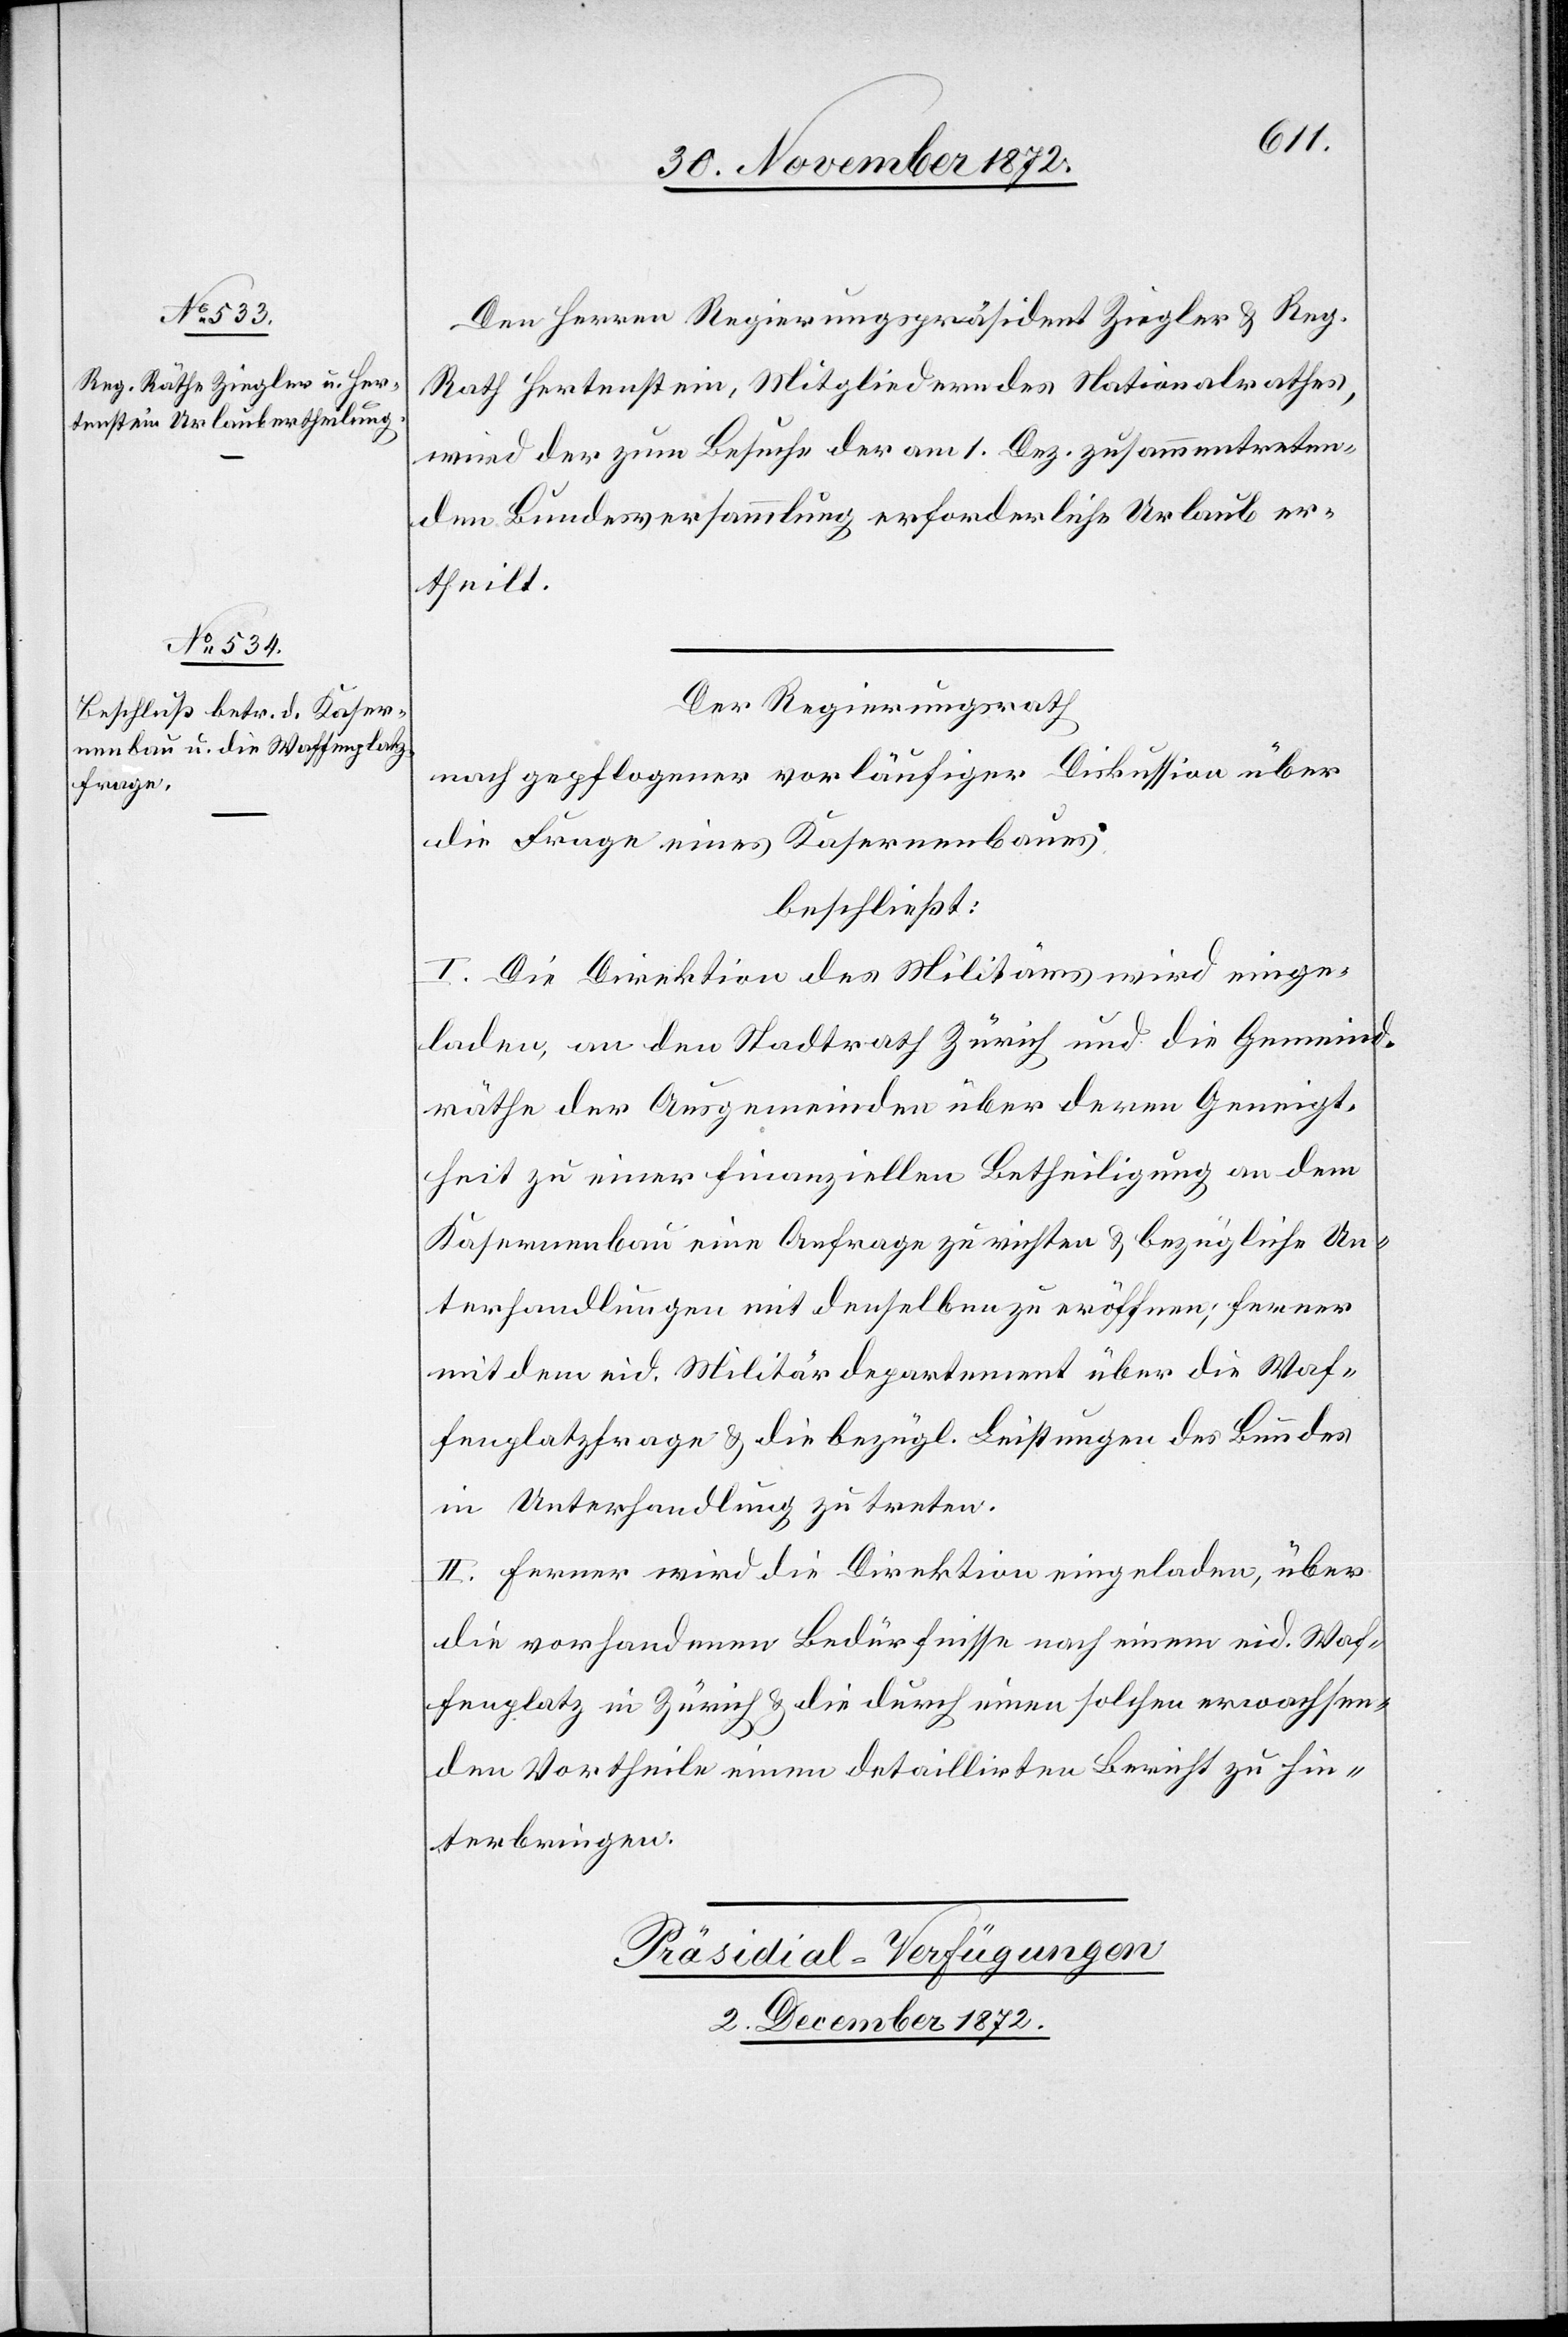
Den Herren Regierungspräsidenten Ziegler u. Reg.
Rath Hertenstein, Mitgliedern des Nationalrathes,
wird der zum Besuche der am 1. Dez. zusammentreten¬
den Bundesversammlung erforderliche Urlaub er¬
theilt.
Der Regierungsrath
nach gepflogener vorläufiger Diskussion über
die Frage eines Kasernenbaues
beschließt:
I. Die Direktion des Militärs wird einge¬
laden, an den Stadtrath Zürich und die Gemeind¬
räthe der Ausgemeinden über deren Geneigt¬
heit zu einer finanziellen Betheiligung an dem
Kasernenbau eine Anfrage zu richten u. bezügliche Un¬
terhandlungen mit denselben zu eröffnen; ferner
mit dem eid. Militärdepartement über die Waf¬
fenplatzfrage u. die bezügl. Leistungen des Bundes
in Unterhandlung zu treten.
II. Ferner wird die Direktion eingeladen, über
die vorhandenen Bedürfnisse nach einem eid. Waf¬
fenplatz in Zürich u. die durch einen solchen erwachsen¬
den Vortheile einen detaillirten Bericht zu hin¬
terbringen.